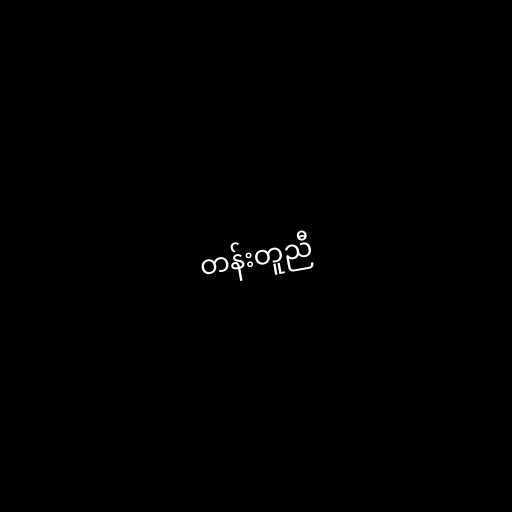
တန်းတူညီ